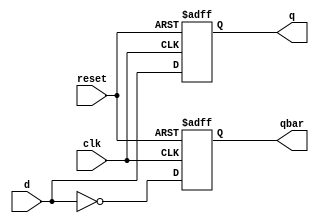
module Dff(
    input d,clk,reset,
    output reg q,qbar
    );
    
   always@(posedge clk,posedge reset) // asynchronous 
   // always@(posedge clk) //synchronous
    begin
        if(reset)
          begin
            q = 1'b0;
            qbar = 1'b1;
          end
        else
          begin
            q = d;
            qbar = (~d) ;
          end
    end
    
endmodule